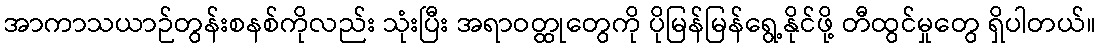
အာကာသယာဉ်တွန်းစနစ်ကိုလည်း သုံးပြီး အရာဝတ္ထုတွေကို ပိုမြန်မြန်ရွေ့နိုင်ဖို့ တီထွင်မှုတွေ ရှိပါတယ်။